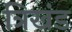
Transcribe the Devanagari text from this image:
त्रिखंड